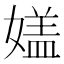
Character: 𡡇